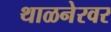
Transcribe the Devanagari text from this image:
थाळनेरवर